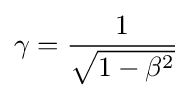
\gamma ={\frac {1}{\sqrt {1-\beta ^{2}}}}